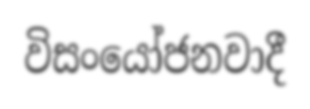
විසංයෝජනවාදී